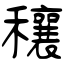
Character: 穰